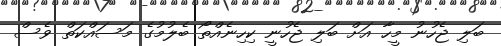
ބަލި ޖެހުނު މީހާ އަށް ބަލި ޖެހުނީ ކިހިނެއްތޯ ބެލުމުގެ މަސައްކަތް ވެސް